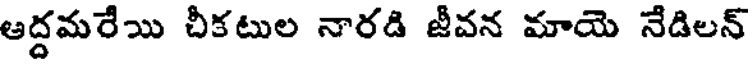
ఆద్దమరేయి చీకటుల నారడి జీవన మాయె నేడిలన్